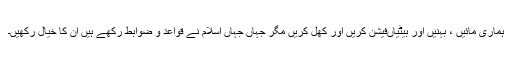
ہماری مائیں ، بہنیں اور بیٹیاںفیشن کریں اور کھل کریں مگر جہاں جہاں اسلام نے قواعد و ضوابط رکھے ہیں ان کا خیال رکھیں۔